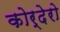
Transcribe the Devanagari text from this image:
कोर्देरो